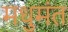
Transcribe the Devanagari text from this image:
मधुमंत